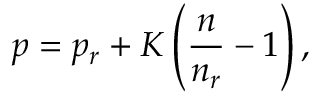
p = p _ { r } + K \left( \frac { n } { n _ { r } } - 1 \right) ,